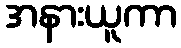
အနားယူကာ